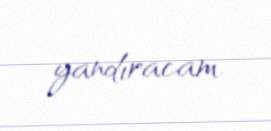
yandıracam.